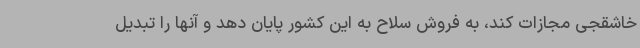
خاشقجی مجازات کند، به فروش سلاح به این کشور پایان دهد و آنها را تبدیل